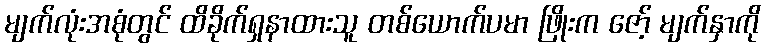
မျက်လုံးအစုံတွင် ထိခိုက်ရှနာထားသူ တစ်ယောက်ပမာ ဖြိုးက ဇော့် မျက်နှာကို